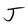
Character: J